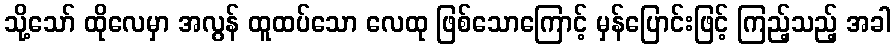
သို့သော် ထိုလေမှာ အလွန် ထူထပ်သော လေထု ဖြစ်သောကြောင့် မှန်ပြောင်းဖြင့် ကြည့်သည့် အခါ